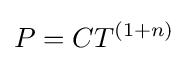
P=CT^{(1+n)}